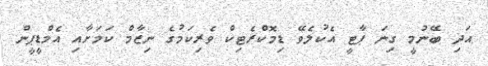
އަދި ބޭނުމީ ގިނަ ޕާޓީ އެކުލެވޭ ޑިމޮކްރެޓިކް ވެރިކަމުގެ ނިޒާމް ކަމަށާއި އެމްޑީޕީން